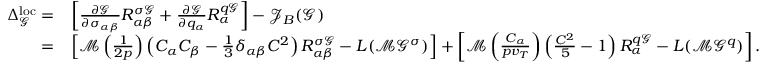
\begin{array} { r l } { \Delta _ { \mathcal { G } } ^ { \mathrm { l o c } } = } & { \left[ \frac { \partial \mathcal { G } } { \partial \sigma _ { \alpha \beta } } R _ { \alpha \beta } ^ { \sigma \mathcal { G } } + \frac { \partial \mathcal { G } } { \partial q _ { \alpha } } R _ { \alpha } ^ { q \mathcal { G } } \right] - \mathcal { J } _ { B } ( \mathcal { G } ) } \\ { = } & { \left[ \mathcal { M } \left( \frac { 1 } { 2 p } \right) \left( C _ { \alpha } C _ { \beta } - \frac { 1 } { 3 } \delta _ { \alpha \beta } C ^ { 2 } \right) R _ { \alpha \beta } ^ { \sigma \mathcal { G } } - L ( \mathcal { M } \mathcal { G } ^ { \sigma } ) \right] + \left[ \mathcal { M } \left( \frac { C _ { \alpha } } { p v _ { T } } \right) \left( \frac { C ^ { 2 } } { 5 } - 1 \right) R _ { \alpha } ^ { q \mathcal { G } } - L ( \mathcal { M } \mathcal { G } ^ { q } ) \right] . } \end{array}